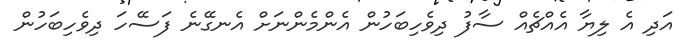
އަދި އެ ލިޔާ އެއްޗެއް ސާފު ދިވެހިބަހުން އެންމެންނަށް އެނގޭނެ ފަސޭހަ ދިވެހިބަހުން